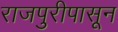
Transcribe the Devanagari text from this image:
राजपुरीपासून